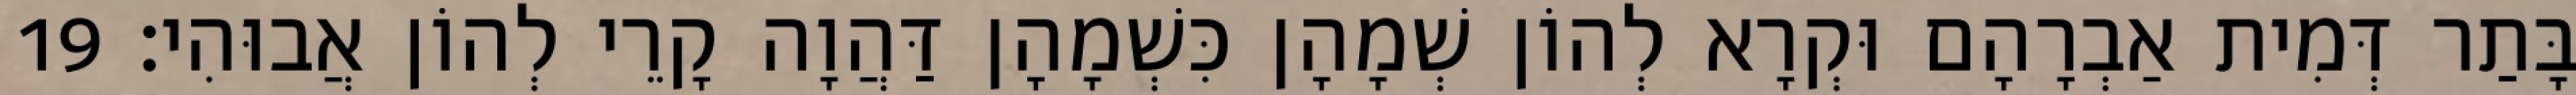
בָּתַר דְּמִית אַבְרָהָם וּקְרָא לְהוֹן שְׁמָהָן כִּשְׁמָהָן דַּהֲוָה קָרֵי לְהוֹן אֲבוּהִי׃ 19